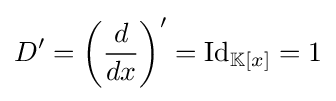
D'=\left({d \over {dx}}\right)'=\operatorname {Id} _{\mathbb {K} [x]}=1